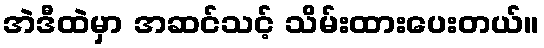
အဲဒီထဲမှာ အဆင်သင့် သိမ်းထားပေးတယ်။